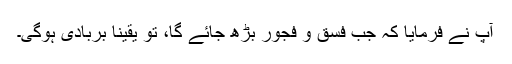
آپ نے فرمایا کہ جب فسق و فجور بڑھ جائے گا، تو یقیناً بربادی ہوگی۔